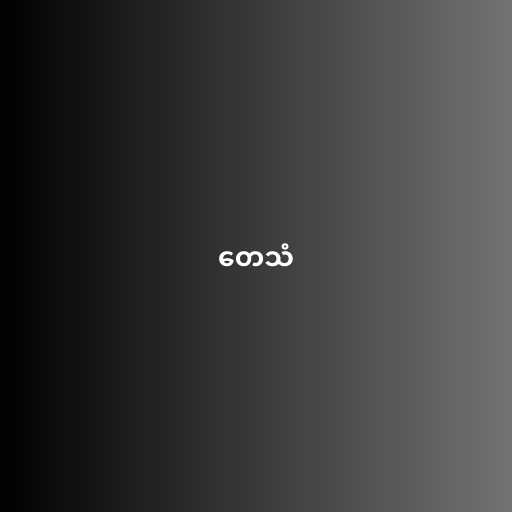
တေသံ